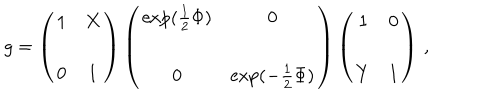
g = \left( \begin{array} { c c } { { 1 } } & { { X } } \\ { { } } & { { } } \\ { { 0 } } & { { 1 } } \\ \end{array} \right) \left( \begin{array} { c c } { { \exp ( \frac 1 2 \Phi ) } } & { { 0 } } \\ { { } } & { { } } \\ { { 0 } } & { { \exp ( - \frac 1 2 \Phi ) } } \\ \end{array} \right) \left( \begin{array} { c c } { { 1 } } & { { 0 } } \\ { { } } & { { } } \\ { { Y } } & { { 1 } } \\ \end{array} \right) \, ,